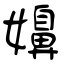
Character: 嬶